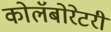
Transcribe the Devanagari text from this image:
कोलॅबोरेटरी